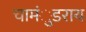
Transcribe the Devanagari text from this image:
चामंुडराय